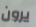
يرون